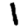
Digit: 1